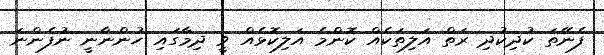
ފެނޭތަ ކުދިކުދި ރަތް އަލިތަކެއް ކޮންމެ އަލިކޮޅެއް ވީ ދިމާގައި ހުންނާނީ ނުފެންނަ